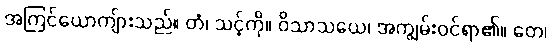
အကြင်ယောကျ်ားသည်။ တံ၊ သင့်ကို။ ဝိသာသယေ၊ အကျွမ်းဝင်ရာ၏။ တေ၊